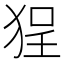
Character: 𱭼